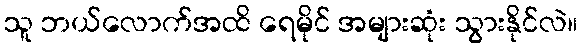
သူ ဘယ်လောက်အထိ ရေမိုင် အများဆုံး သွားနိုင်လဲ။